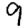
Digit: 9